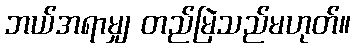
ဘယ်အရာမျှ တည်မြဲသည်မဟုတ်။